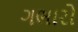
ગભારો